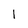
Character: 1